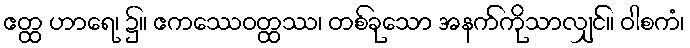
ဧတ္ထ ဟာရေ၊ ၌။ ဧကဿေဝတ္ထဿ၊ တစ်ခုသော အနက်ကိုသာလျှင်။ ဝါစကံ၊